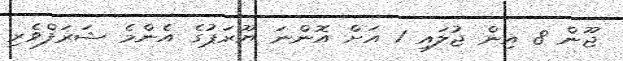
ޖޫން 8 އިން ޖުލައި 1 އަށް އޮންނަ ޔޫރަޕުގެ އެންމެ ޝަރަފްވެރި